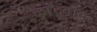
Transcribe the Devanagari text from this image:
कांटवाद